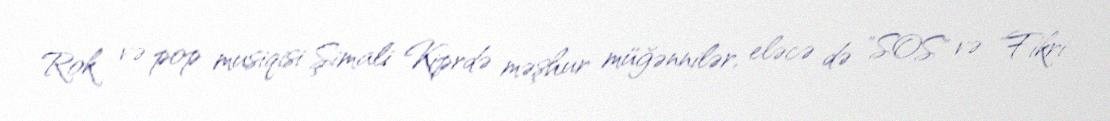
Rok və pop musiqisi Şimali Kiprdə məşhur müğənnilər, eləcə də "SOS" və "Fikri